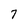
Character: 7